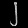
Digit: ၂